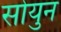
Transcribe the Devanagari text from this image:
सोयुन